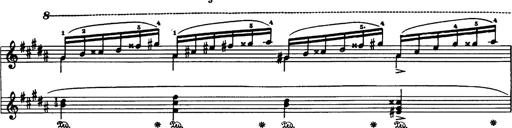
Title: Danza sacra e duetto finale dâ€™Aida
Composer: Franz Liszt